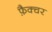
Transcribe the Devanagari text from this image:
फ़ैक्चर